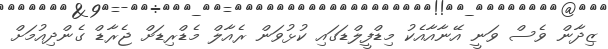
ޒިދާން ވެސް ވަނީ އޭނާއާއެކު މިޑްފީލްޑަގައި ކުޅުވަން ރެއާލް މެޑްރިޑަށް ޖެރާޑް ގެންދިއުމަށް